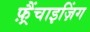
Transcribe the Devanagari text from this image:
फ़्रैंचाइज़िंग